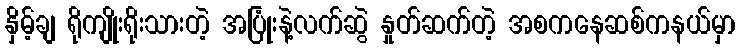
နှိမ့်ချ ရိုကျိုးရိုးသားတဲ့ အပြုံးနဲ့လက်ဆွဲ နှုတ်ဆက်တဲ့ အစကနေဆစ်ကနယ်မှာ